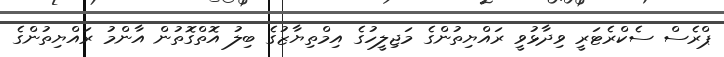
ޕްރެސް ސެކްރެޓަރީ ވިދާޅުވީ ރައްޔިތުންގެ މަޖިލީހުގެ އިމްތިޔާޒުގެ ބިލު އޮތްގޮތުން އާންމު ރައްޔިތުންގެ